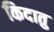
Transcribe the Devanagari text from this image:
किदातु